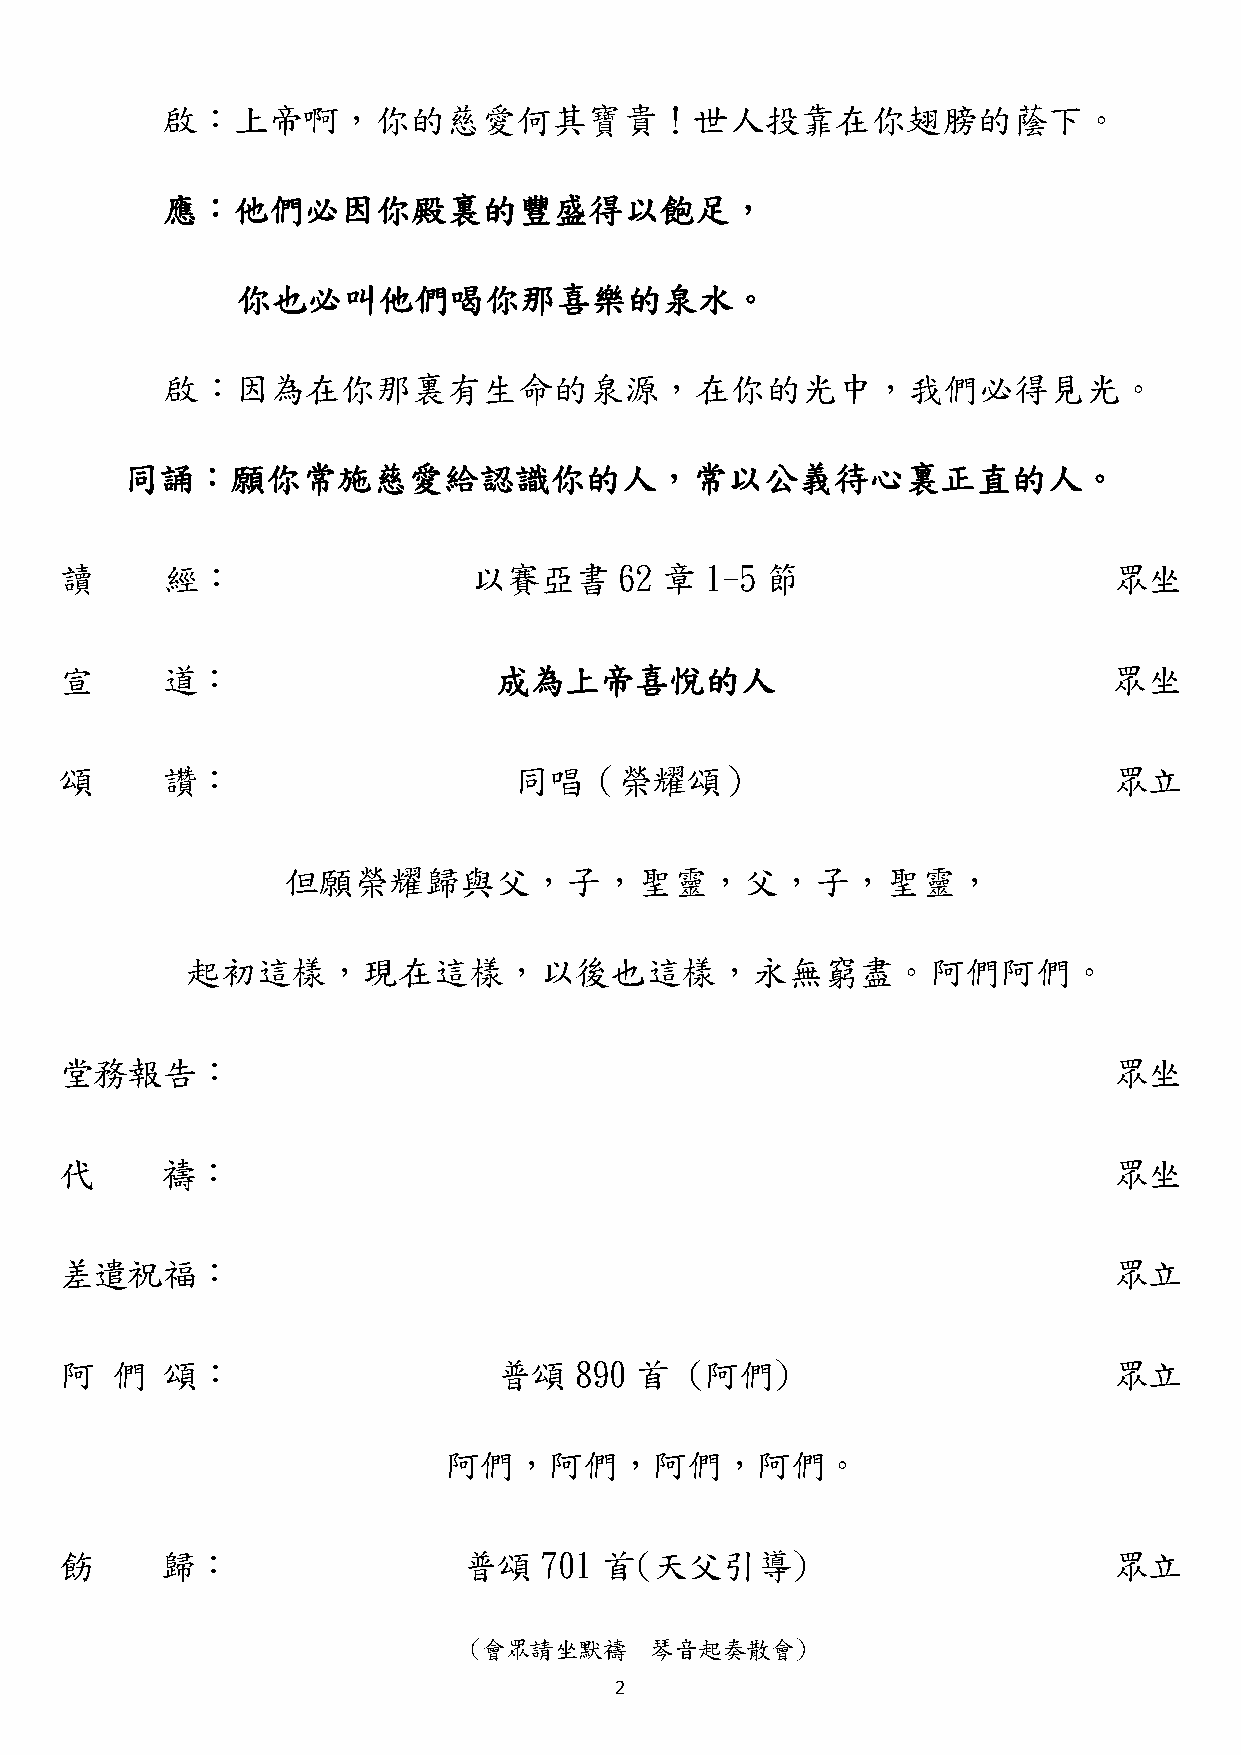
啟：上帝啊，你的慈愛何其寶貴！世人投靠在你翅膀的蔭下。
 應：他們必因你殿裏的豐盛得以飽足，
 你也必叫他們喝你那喜樂的泉水。
 啟：因為在你那裏有生命的泉源，在你的光中，我們必得見光。
 同誦：願你常施慈愛給認識你的人，常以公義待心裏正直的人。
 讀      經：                  以賽亞書      62 章  1-5 節                      眾坐
 宣      道：                    成為上帝喜悅的人                                 眾坐
 頌      讚：                     同唱（榮耀頌）                                 眾立
 但願榮耀歸與父，子，聖靈，父，子，聖靈，
 起初這樣，現在這樣，以後也這樣，永無窮盡。阿們阿們。
 堂務報告：                                                                 眾坐
 代      禱：                                                             眾坐
 差遣祝福：                                                                 眾立
 阿  們   頌：                    普頌   890 首  (阿們)                         眾立
 阿們，阿們，阿們，阿們。
 飭      歸：                  普頌   701 首(天父引導)                           眾立
 (會眾請坐默禱     琴音起奏散會)
 2